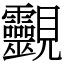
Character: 䚖